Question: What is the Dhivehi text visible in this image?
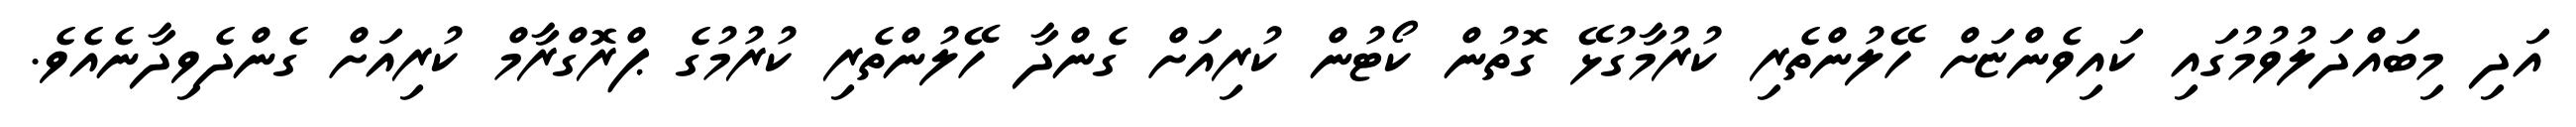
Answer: އަދި މިބައްދަލުވުމުގައި ކައިވެންޏަށް ހޭލުންތެރި ކުރުމާގުޅޭ ގޮތުން ކޯޓުން ކުރިއަށް ގެންދާ ހޭލުންތެރި ކުރުމުގެ ޕްރޮގްރާމް ކުރިއަށް ގެންދެވިދާނެއެވެ.